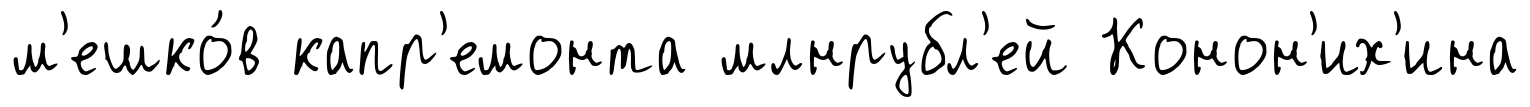
м'ешко́в капр'емонта млнрубл'ей Конон'их'ина